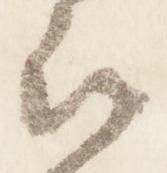
被